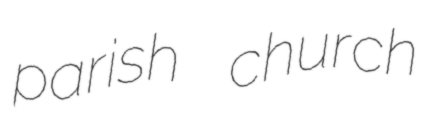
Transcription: parish church